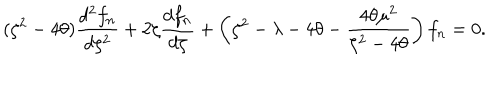
( \zeta ^ { 2 } - 4 \theta ) { \frac { d ^ { 2 } f _ { n } } { d \zeta ^ { 2 } } } + 2 \zeta { \frac { d f _ { n } } { d \zeta } } + \left( \zeta ^ { 2 } - \lambda - 4 \theta - { \frac { 4 \theta \mu ^ { 2 } } { \zeta ^ { 2 } - 4 \theta } } \right) f _ { n } = 0 .